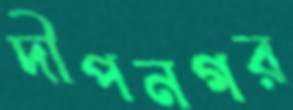
দীপনগর